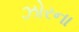
ઝોરના